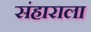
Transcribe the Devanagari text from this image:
संहाराला